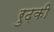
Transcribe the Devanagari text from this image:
रुढ़की